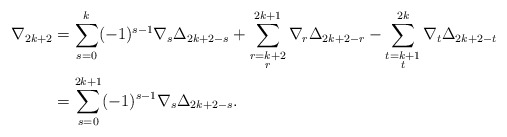
\begin{align*} \nabla_{2k+2}&=\sum_{s=0}^{k}(-1)^{s-1}\nabla_s\Delta_{2k+2-s}+\sum_{\substack{r=k+2 \\ r }}^{2k+1}\nabla_r\Delta_{2k+2-r}-\sum_{\substack{t=k+1 \\ t }}^{2k} \nabla_t\Delta_{2k+2-t}\\ &=\sum_{s=0}^{2k+1}(-1)^{s-1}\nabla_s\Delta_{2k+2-s}. \end{align*}